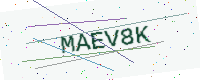
Text: MAEV8K